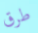
طرق